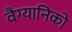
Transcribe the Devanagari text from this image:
वैग्यानिको